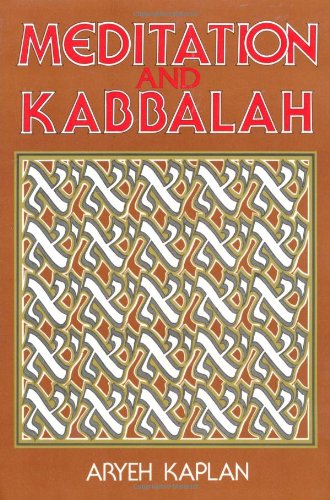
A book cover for Meditation and Kabbalah; Aryeh Kaplan; Religion & Spirituality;